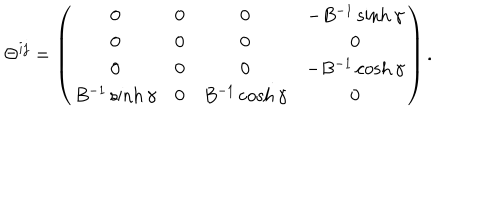
\Theta ^ { i j } = \left( \begin{array} { c c c c } { { 0 } } & { { 0 } } & { { 0 } } & { { - B ^ { - 1 } \sinh \gamma } } \\ { { 0 } } & { { 0 } } & { { 0 } } & { { 0 } } \\ { { 0 } } & { { 0 } } & { { 0 } } & { { - B ^ { - 1 } \cosh \gamma } } \\ { { B ^ { - 1 } \sinh \gamma } } & { { 0 } } & { { B ^ { - 1 } \cosh \gamma } } & { { 0 } } \\ \end{array} \right) .